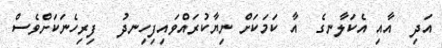
އަދި  އާއި އެކަލާނގެ  އާ ކަމަކަށް ނިޔާކުރައްވައިފިހިނދު  ފިރިހެނަކަށްވެސް